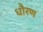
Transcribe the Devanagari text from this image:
धौरण